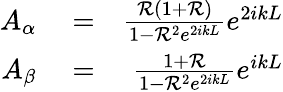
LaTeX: \begin{array}{rlr}{A_{\alpha}}&{{}=}&{\frac{{\cal R}(1+{\cal R})}{1-{\cal R}^{2}e^{2ikL}}e^{2ikL}}\\ {A_{\beta}}&{{}=}&{\frac{1+{\cal R}}{1-{\cal R}^{2}e^{2ikL}}e^{ikL}}\end{array}